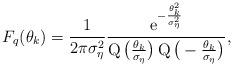
LaTeX: \begin{align*}F_q(\theta_k)=\frac{1}{2\pi\sigma_\eta^2}\frac{\operatorname{e}^{-\frac{\theta_k^2}{\sigma_\eta^2}}}{\operatorname{Q}\big(\frac{\theta_k}{\sigma_\eta}\big)\operatorname{Q}\big(-\frac{\theta_k}{\sigma_\eta}\big)},\end{align*}